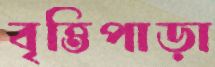
বৃত্তিপাড়া